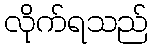
လိုက်ရသည်